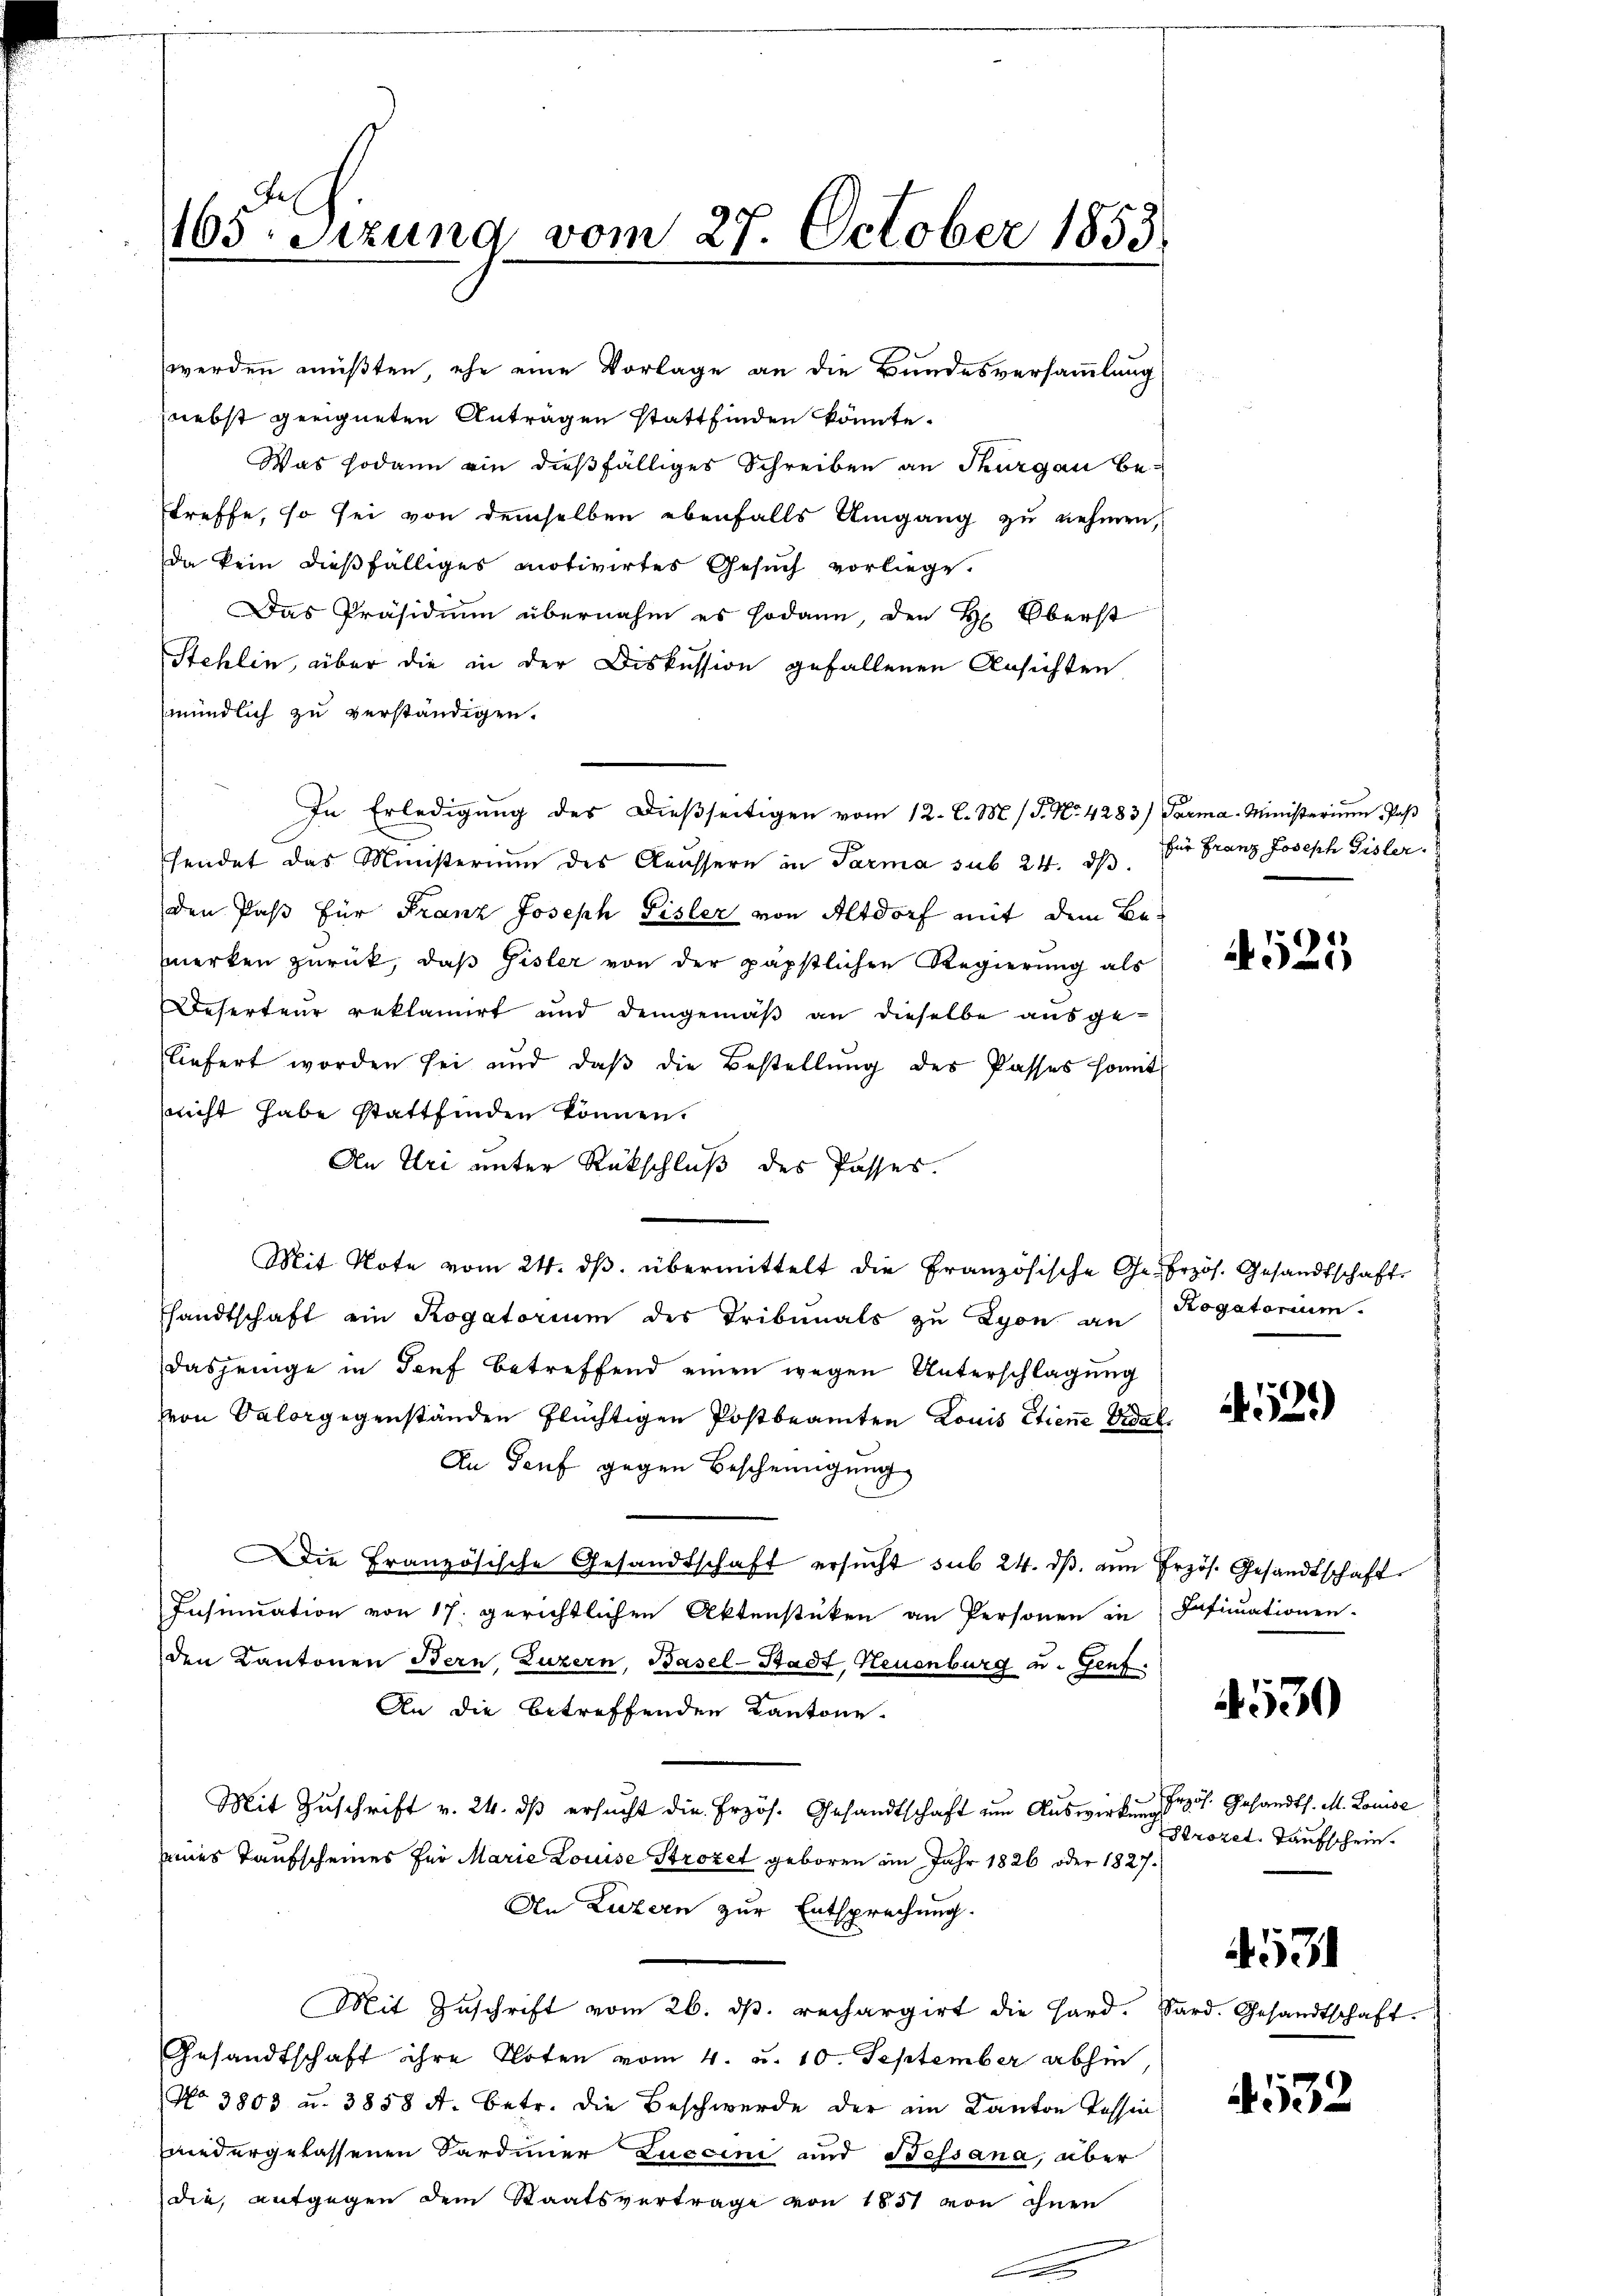
105. Sitzung vom 27. October 1853.

werden müßten, ehe eine Vorlage an die Bundesversammlung
nebst geeigneten Anträgen stattfinden könnte.
Was sodann ein dießfälliges Schreiben an Thurgau betreffe, so sei von demselben ebenfalls Umgang zu nehmen,
da kein dießfälliges motivirtes Gesuch vorliege.
Das Präsidium übernahm es sodann, den H. Oberst
Stehlin, über die in der Diskussion gefallenen Ansichten
mündlich zu verständigen.
In Erledigŭng des dieβseitigen vom 12. l. M. (T. No. 4283) Parma-Ministerium Paß
fendet das Ministerium des Kaussern in Parma sub 24. dβ. für Franz Joseph Gisler.
den Paß für Franz Joseph Fisler von Altdorf mit dem Bemerken zurück, daβ Gisler von der päpstlichen Regierung als
Deserteur reklamirt und demgemäß an dieselbe ausgeliefert worden sei und daβ die Bestellŭng des Passes somit
sricht habe stattfinden können.
An Uri unter Rückschluß des Passes.
Mit Note vom 24. ds. übermittelt die Französische Gefrzös. Gesandtschaft
sandtschaft ein Rogatorium des Tribunals zu Lyon an Rogatorium
dasjenige in Torf betreffend einen wegen Unterschlagung
von Salorgegenständen flüchtigen Postbeamten Louis Etiene Vidak
An Genf gegen Bescheinigung
Die Französische Gesandtschaft ersŭcht sub 24. dβ an Erzös. Gesandtschaft
Insinuation von 17. gerichtlichen Aktenstücken an Personen in Intimationen.
den Kantonen Bern, Luzern, Basel-Stadt, Neuenburg u. Genf.
An die betreffenden Kantone.
Mit Zŭschrift v. 24. dβ ersŭcht die Erzös. Gesandtschaft um Auswirkung 15. Gesandts. M. Louise
eines Taufscheines für Marie Louise Strozet geboren im Jahr 1826 oder 1827.
An Luzern zur Entsprechung.
Mit Zŭschrift vom 26. dβ. rechargirt die Hard. Sard. Gesandtschaft.
Gesandtschaft ihre Noten vom 4. u. 10. September abhin,
No 3803 u. 3858 A. Betr. die Beschwerde der ein Kanton Tessin
niedergelassenen Sardiner Luccini und Bessana, aber
die, entgegen dem Staatsvertrage von 1851 von ihnen

4525

452.)

4530

Prozet. Taufschein.

531

532